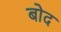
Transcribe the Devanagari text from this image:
बोद